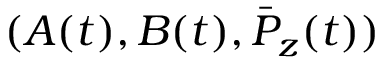
( A ( t ) , B ( t ) , \bar { P } _ { z } ( t ) )